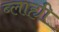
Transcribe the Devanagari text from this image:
ब्लाह्यी